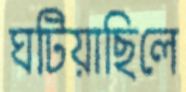
ঘটিয়াছিলে